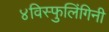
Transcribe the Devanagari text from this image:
४विस्फुलिंगिनी